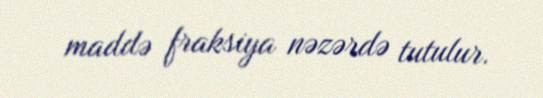
maddə fraksiya nəzərdə tutulur.